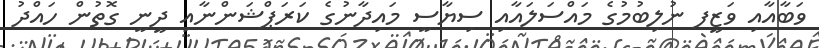
ވަބާއާއި ވަޒީފ ނުލިބުމުގެ މައްސަލައާއި ސިޔާސީ މައިދާނުގެ ކަރަޕްޝަންނާއި ދީނީ ގޮތުން ހައްދު